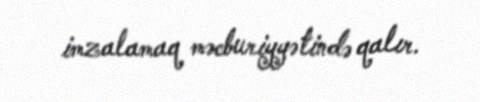
imzalamaq məcburiyyətində qalır.